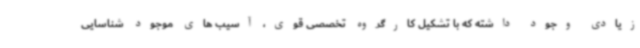
زیادی وجود داشته که با تشکیل کارگروه تخصصی قوی، آسیب های موجود شناسایی